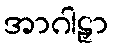
အာဂါဠှာ